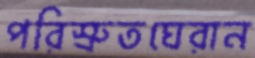
পরিস্রুতঘেরান